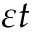
\varepsilon t